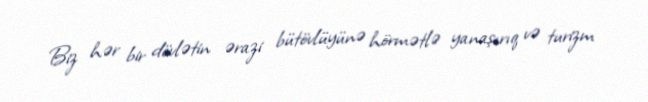
Biz hər bir dövlətin ərazi bütövlüyünə hörmətlə yanaşırıq və turizm